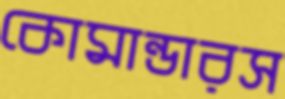
কোমান্ডারস